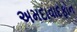
અમદાવાદફોન